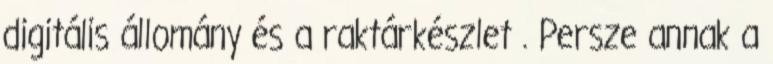
digitális állomány és a raktárkészlet . Persze annak a